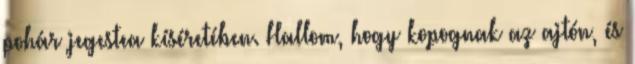
pohár jegestea kíséretében. Hallom, hogy kopognak az ajtón, és